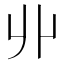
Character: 丱